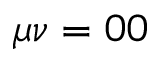
\mu \nu = 0 0